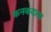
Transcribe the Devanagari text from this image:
कनकदासा